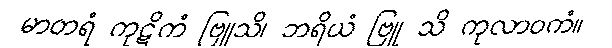
မာတရံ ကုဋိကံ ဗြူသိ၊ ဘရိယံ ဗြူ သိ ကုလာဝကံ။